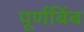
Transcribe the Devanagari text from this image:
पूर्णबिंब